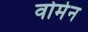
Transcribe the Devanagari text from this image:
वोमेन